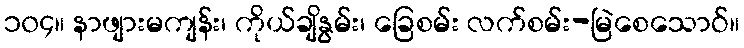
၁၀၄။ နာဖျားမကျန်း၊ ကိုယ်ချိနွမ်း၊ ခြေစမ်း လက်စမ်း-မြဲစေသောဝ်။